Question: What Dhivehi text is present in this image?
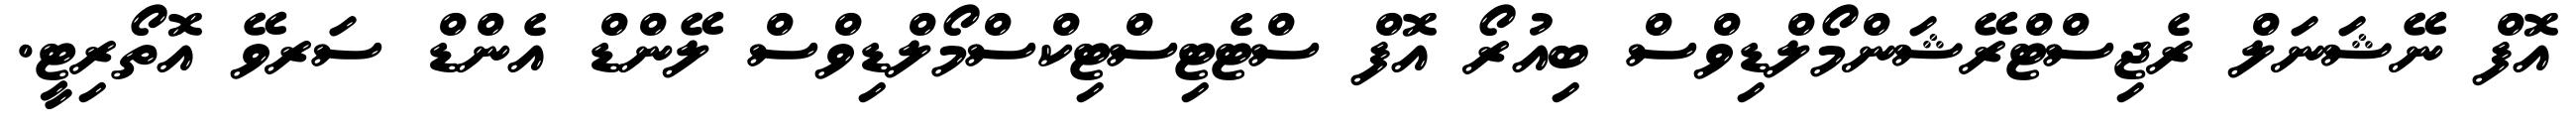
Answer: އޮފް ނޭޝަނަލް ރެޖިސްޓްރޭޝަންމޯލްޑިވްސް ބިއުރޯ އޮފް ސްޓެޓިސްޓިކްސްމޯލްޑިވްސް ލޭންޑް އެންޑް ސަރވޭ އޮތޯރިޓީ.